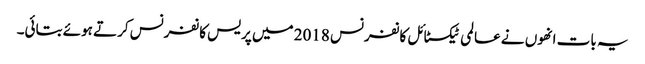
یہ بات انھوں نے عالمی ٹیکسٹائل کانفرنس 2018 میں پریس کانفرنس کرتے ہوئے بتائی۔